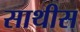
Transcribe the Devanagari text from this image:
साथीस